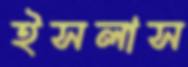
ইসলাস